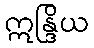
ဣန္ဒြိယ